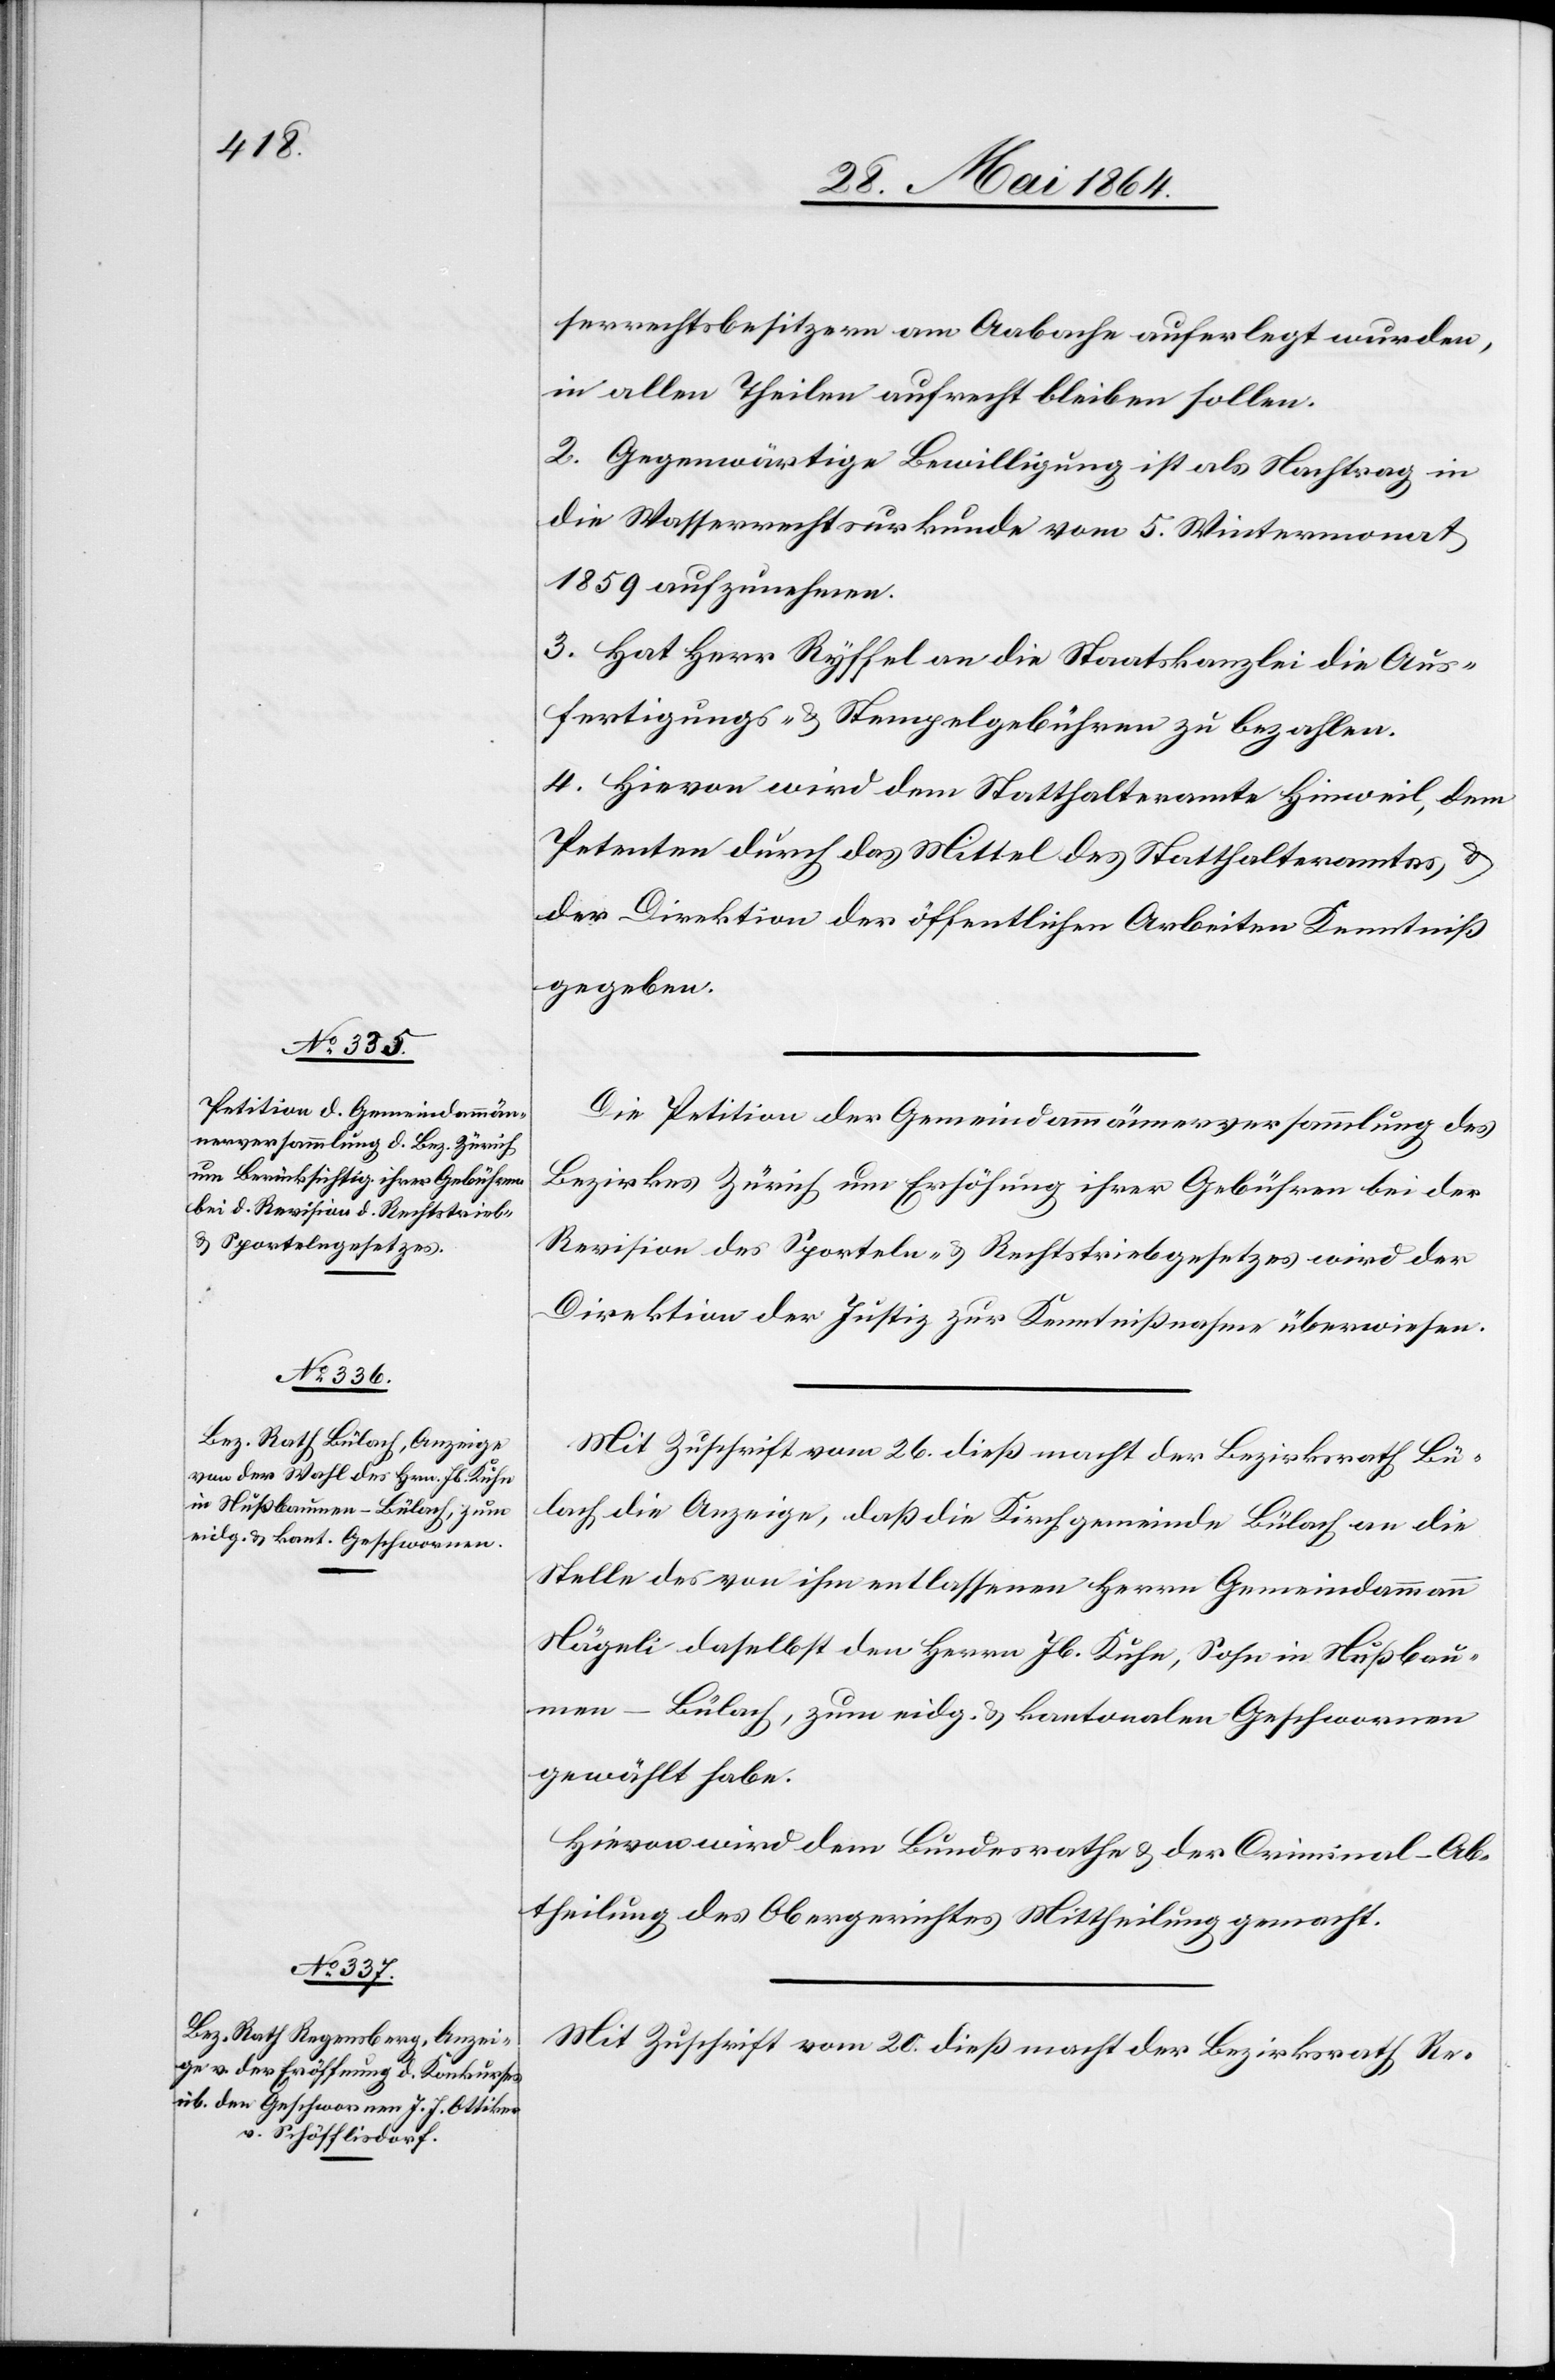
serrechtsbesitzern am Aabache auferlegt wurden,
in allen Theilen aufrecht bleiben sollen.
2. Gegenwärtige Bewilligung ist als Nachtrag in
die Wasserrechtsurkunde vom 5. Wintermonat
1859 aufzunehmen.
3. Hat Herr Ryffel an die Staatskanzlei die Aus¬
fertigungs- u. Stempelgebühren zu bezahlen.
4. Hievon wird dem Statthalteramte Hinweil, dem
Petenten durch das Mittel des Statthalteramtes, u.
der Direktion der öffentlichen Arbeiten Kenntniß
gegeben.
Die Petition der Gemeindammännerversammlung des
Bezirkes Zürich um Erhöhung ihrer Gebühren bei der
Revision des Sporteln- u. Rechtstriebgesetzes wir der
Direktion der Justiz zur Kenntnißnahme überwiesen.
Mit Zuschrift vom 26. dieß macht der Bezirksrath Bü¬
lach die Anzeige, daß die Kirchgemeinde Bülach an die
Stelle des von ihm entlassenen Herrn Gemeindammann
Nägeli daselbst den Herrn Jb. Kuhn, Sohn in Nußbau¬
men – Bülach, zum eidg. u. kantonalen Geschworenen
gewählt habe.
Hievon wird dem Bundesrathe u. der Criminal-Ab¬
theilung des Obergerichtes Mittheilung gemacht.
Mit Zuschrift vom 20. dieß macht der Bezirksrath Re-